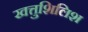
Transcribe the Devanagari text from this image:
खत्तुशिलिश